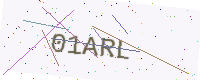
Text: 01ARL